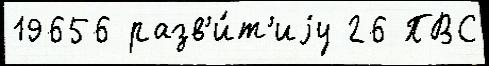
19656 разв'и́т'иjу 26 ПВС